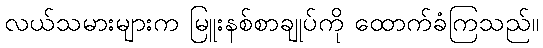
လယ်သမားများက မြူးနစ်စာချုပ်ကို ထောက်ခံကြသည်။